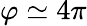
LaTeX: \varphi\simeq 4\pi